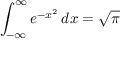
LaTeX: \int _ { - \infty } ^ { \infty } e ^ { - x ^ { 2 } } \, d x = { \sqrt { \pi } }